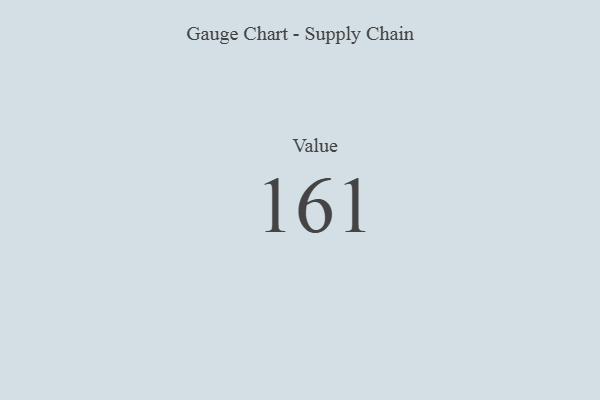
{"axis": {"x": "Metric", "y": "Value"}, "legend": [""], "data": [{"x": "Value", "y": 161, "type": ""}]}